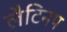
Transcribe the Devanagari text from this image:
लैटिनप